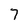
Character: 7